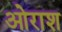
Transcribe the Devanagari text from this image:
ओराश